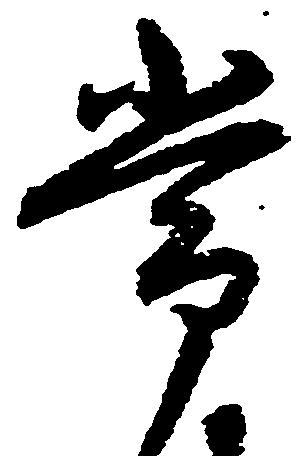
常